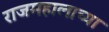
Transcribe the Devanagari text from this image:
राजमहालाच्या